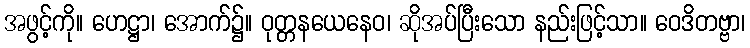
အဖွင့်ကို။ ဟေဋ္ဌာ၊ အောက်၌။ ဝုတ္တနယေနေဝ၊ ဆိုအပ်ပြီးသော နည်းဖြင့်သာ။ ဝေဒိတဗ္ဗာ၊